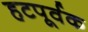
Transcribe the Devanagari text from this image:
हटपूर्वक